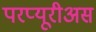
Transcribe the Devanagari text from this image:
परप्यूरीअस